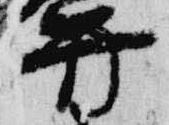
弁